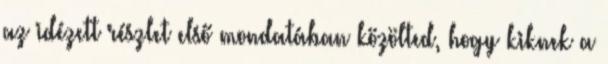
az idézett részlet első mondatában közölted, hogy kiknek a